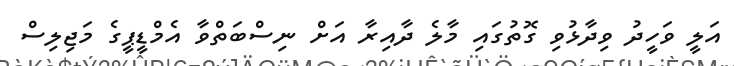
އަލީ ވަހީދު ވިދާޅުވި ގޮތުގައި މާލެ ދާއިރާ އަށް ނިސްބަތްވާ އެމްޑީޕީގެ މަޖިލިސް